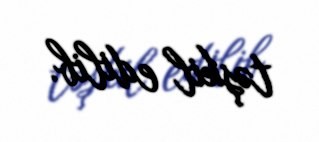
təşkil edilib.